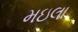
મઇલા